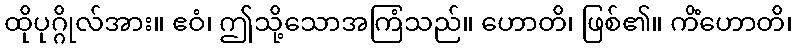
ထိုပုဂ္ဂိုလ်အား။ ဧဝံ၊ ဤသို့သောအကြံသည်။ ဟောတိ၊ ဖြစ်၏။ ကိံဟောတိ၊